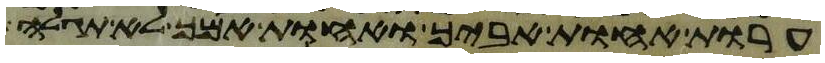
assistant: ערות אחות אביך ואחות אמך לא תגלה